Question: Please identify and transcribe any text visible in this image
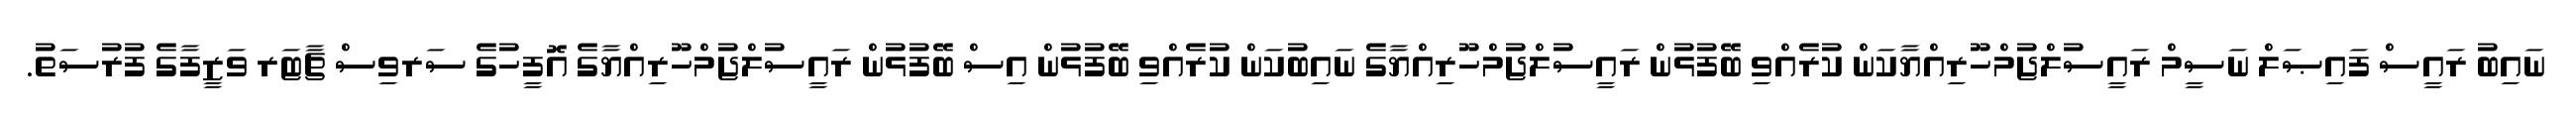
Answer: ނައިބު ރައީސް ފައިޞަލް ނަސީމް ރައީސުލްޖުމްހޫރިއްޔާކަން ކުރެއްވި ބޭފުޅުން ރައީސުލްޖުމްހޫރިއްޔާގެ ނައިބުކަން ކުރެއްވި ބޭފުޅުން އިސް ބޭފުޅުން ރައީސުލްޖުމްހޫރިއްޔާގެ އޮފީހުގެ ސަރވިސް ޗާޓަރ ވަޒީފާގެ ފުރުސަތު.